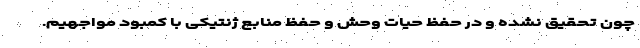
چون تحقیق نشده و در حفظ حیات وحش و حفظ منابع ژنتیکی با کمبود مواجهیم.